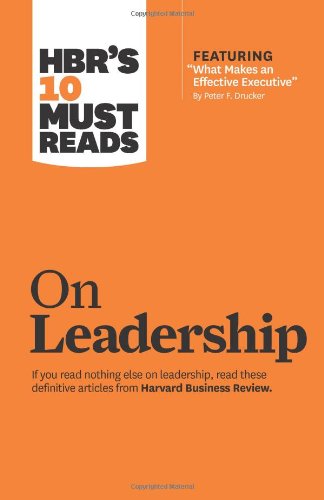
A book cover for HBR's 10 Must Reads on Leadership (with featured article EEWhat Makes an Effective Executive,EE by Peter F. Drucker); Harvard Business Review; Business & Money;